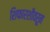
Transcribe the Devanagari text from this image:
शिफारशीवरून